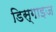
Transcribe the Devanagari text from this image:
डिस्गाइज